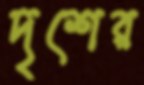
দৃশের